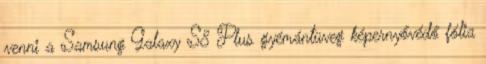
venni a Samsung Galaxy S8 Plus gyémántüveg képernyővédő fólia